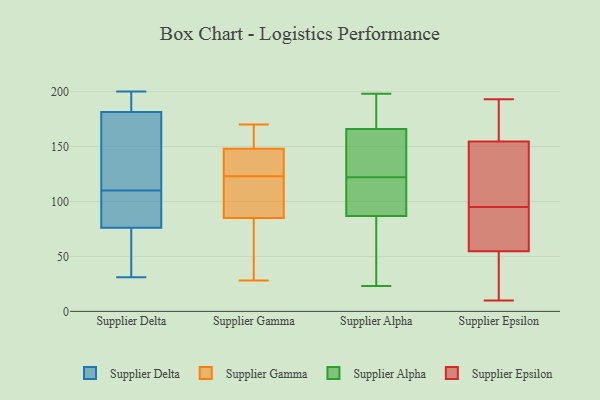
{"axis": {"x": "Latency (ms)", "y": "Value"}, "legend": ["Supplier Alpha", "Supplier Delta", "Supplier Epsilon", "Supplier Gamma"], "data": [{"x": "", "y": 49, "type": "Supplier Delta"}, {"x": "", "y": 81, "type": "Supplier Delta"}, {"x": "", "y": 151, "type": "Supplier Delta"}, {"x": "", "y": 72, "type": "Supplier Delta"}, {"x": "", "y": 195, "type": "Supplier Delta"}, {"x": "", "y": 77, "type": "Supplier Delta"}, {"x": "", "y": 31, "type": "Supplier Delta"}, {"x": "", "y": 113, "type": "Supplier Delta"}, {"x": "", "y": 187, "type": "Supplier Delta"}, {"x": "", "y": 75, "type": "Supplier Delta"}, {"x": "", "y": 108, "type": "Supplier Delta"}, {"x": "", "y": 176, "type": "Supplier Delta"}, {"x": "", "y": 112, "type": "Supplier Delta"}, {"x": "", "y": 94, "type": "Supplier Delta"}, {"x": "", "y": 195, "type": "Supplier Delta"}, {"x": "", "y": 200, "type": "Supplier Delta"}, {"x": "", "y": 122, "type": "Supplier Gamma"}, {"x": "", "y": 141, "type": "Supplier Gamma"}, {"x": "", "y": 84, "type": "Supplier Gamma"}, {"x": "", "y": 148, "type": "Supplier Gamma"}, {"x": "", "y": 170, "type": "Supplier Gamma"}, {"x": "", "y": 152, "type": "Supplier Gamma"}, {"x": "", "y": 85, "type": "Supplier Gamma"}, {"x": "", "y": 118, "type": "Supplier Gamma"}, {"x": "", "y": 28, "type": "Supplier Gamma"}, {"x": "", "y": 124, "type": "Supplier Gamma"}, {"x": "", "y": 53, "type": "Supplier Alpha"}, {"x": "", "y": 136, "type": "Supplier Alpha"}, {"x": "", "y": 75, "type": "Supplier Alpha"}, {"x": "", "y": 133, "type": "Supplier Alpha"}, {"x": "", "y": 23, "type": "Supplier Alpha"}, {"x": "", "y": 122, "type": "Supplier Alpha"}, {"x": "", "y": 83, "type": "Supplier Alpha"}, {"x": "", "y": 116, "type": "Supplier Alpha"}, {"x": "", "y": 191, "type": "Supplier Alpha"}, {"x": "", "y": 105, "type": "Supplier Alpha"}, {"x": "", "y": 98, "type": "Supplier Alpha"}, {"x": "", "y": 176, "type": "Supplier Alpha"}, {"x": "", "y": 127, "type": "Supplier Alpha"}, {"x": "", "y": 198, "type": "Supplier Alpha"}, {"x": "", "y": 189, "type": "Supplier Alpha"}, {"x": "", "y": 10, "type": "Supplier Epsilon"}, {"x": "", "y": 22, "type": "Supplier Epsilon"}, {"x": "", "y": 89, "type": "Supplier Epsilon"}, {"x": "", "y": 105, "type": "Supplier Epsilon"}, {"x": "", "y": 59, "type": "Supplier Epsilon"}, {"x": "", "y": 86, "type": "Supplier Epsilon"}, {"x": "", "y": 162, "type": "Supplier Epsilon"}, {"x": "", "y": 42, "type": "Supplier Epsilon"}, {"x": "", "y": 193, "type": "Supplier Epsilon"}, {"x": "", "y": 152, "type": "Supplier Epsilon"}, {"x": "", "y": 65, "type": "Supplier Epsilon"}, {"x": "", "y": 111, "type": "Supplier Epsilon"}, {"x": "", "y": 10, "type": "Supplier Epsilon"}, {"x": "", "y": 95, "type": "Supplier Epsilon"}, {"x": "", "y": 119, "type": "Supplier Epsilon"}, {"x": "", "y": 167, "type": "Supplier Epsilon"}, {"x": "", "y": 185, "type": "Supplier Epsilon"}]}